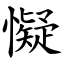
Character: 懝